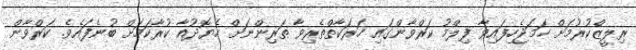
ރިލީޒްކުރުމަށް ހަމަޖެހިފައިވާ ފިލްމު ކަރްވާންގައި ހަރަކާތްތެރިވާ ތަރިންނަށް ހެޔޮދުއާ ކުރާކަމަށް ބުނެފައެވެ. ކަރްވާން